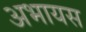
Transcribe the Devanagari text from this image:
अभायस